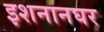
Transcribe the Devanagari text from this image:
इशनानघर